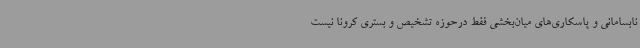
نابسامانی و پاسکاری‌های میان‌بخشی فقط درحوزه تشخیص و بستری کرونا نیست